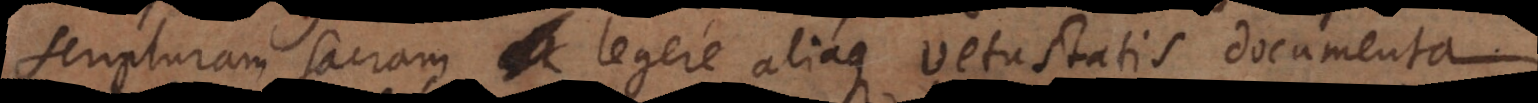
scripturam sacram legere aliaque vetustatis documenta